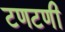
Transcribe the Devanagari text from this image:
टणटणी